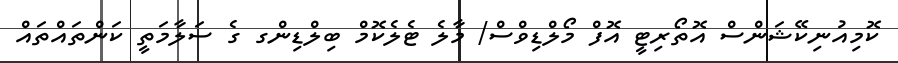
ކޮމިއުނިކޭޝަންސް އޮތޯރިޓީ އޮފް މޯލްޑިވްސް/ މާލެ ޓެލެކޮމް ބިލްޑިންގ ގެ ސަލާމަތީ ކަންތައްތައް